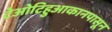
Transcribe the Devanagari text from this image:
टेओटिहुआकानपासून